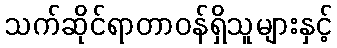
သက်ဆိုင်ရာတာဝန်ရှိသူများနှင့်